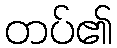
တပ်၏